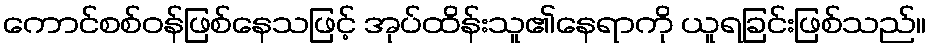
ကောင်စစ်ဝန်ဖြစ်နေသဖြင့် အုပ်ထိန်းသူ၏နေရာကို ယူရခြင်းဖြစ်သည်။